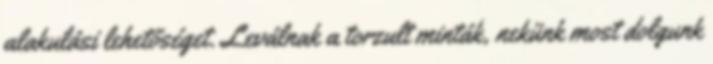
alakulási lehetőséget. Leválnak a torzult minták, nekünk most dolgunk